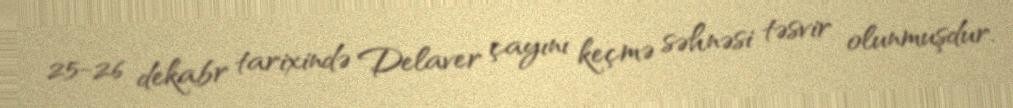
25-26 dekabr tarixində Delaver çayını keçmə səhnəsi təsvir olunmuşdur.